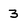
Character: 3